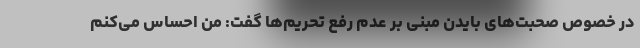
در خصوص صحبت‌های بایدن مبنی بر عدم رفع تحریم‌ها گفت: من احساس می‌کنم